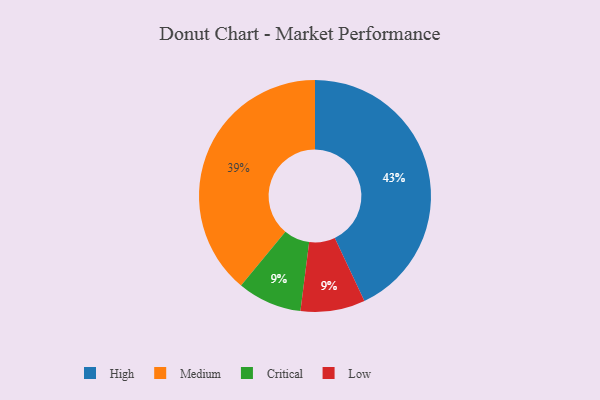
{"axis": {"x": "Category", "y": "Percentage"}, "legend": ["Critical", "High", "Low", "Medium"], "data": [{"x": "High", "y": 43, "type": "High"}, {"x": "Critical", "y": 9, "type": "Critical"}, {"x": "Medium", "y": 39, "type": "Medium"}, {"x": "Low", "y": 9, "type": "Low"}]}